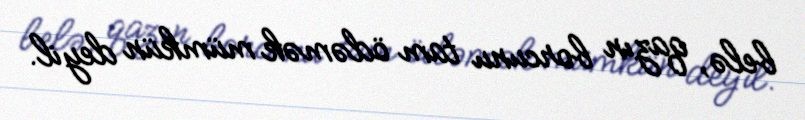
belə, qazın borcunu tam ödəmək mümkün deyil.